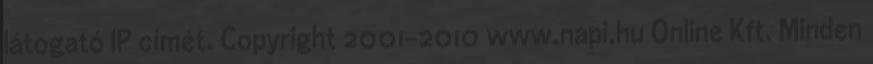
látogató IP címét. Copyright 2001-2010 www.napi.hu Online Kft. Minden